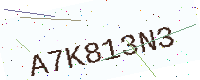
Text: A7K813N3